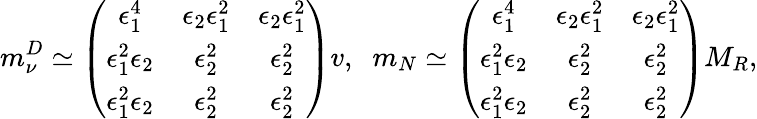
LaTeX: m_{\nu}^{D}\simeq\left(\begin{array}{ccc}{{\epsilon_{1}^{4}}}&{{\epsilon_{2}\epsilon_{1}^{2}}}&{{\epsilon_{2}\epsilon_{1}^{2}}}\\ {{\epsilon_{1}^{2}\epsilon_{2}}}&{{\epsilon_{2}^{2}}}&{{\epsilon_{2}^{2}}}\\ {{\epsilon_{1}^{2}\epsilon_{2}}}&{{\epsilon_{2}^{2}}}&{{\epsilon_{2}^{2}}}\end{array}\right)v,\; \; m_{N}\simeq\left(\begin{array}{ccc}{{\epsilon_{1}^{4}}}&{{\epsilon_{2}\epsilon_{1}^{2}}}&{{\epsilon_{2}\epsilon_{1}^{2}}}\\ {{\epsilon_{1}^{2}\epsilon_{2}}}&{{\epsilon_{2}^{2}}}&{{\epsilon_{2}^{2}}}\\ {{\epsilon_{1}^{2}\epsilon_{2}}}&{{\epsilon_{2}^{2}}}&{{\epsilon_{2}^{2}}}\end{array}\right)M_{R},